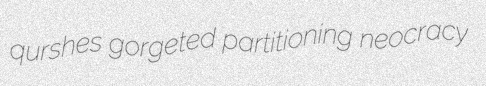
qurshes gorgeted partitioning neocracy